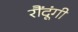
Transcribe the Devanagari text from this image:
रौंदूंगी